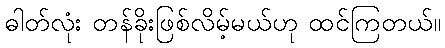
ဓါတ်လုံး တန်ခိုးဖြစ်လိမ့်မယ်ဟု ထင်ကြတယ်။